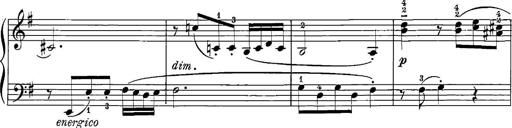
Title: 12 Sonatinas
Composer: Ignaz Pleyel